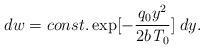
LaTeX: \begin{align*}dw=const. \exp[-\frac{q_0 y^2}{2b{\it T}_0}]\;dy.\end{align*}